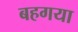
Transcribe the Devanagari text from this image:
बहगया